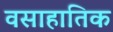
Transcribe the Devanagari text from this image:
वसाहातिक